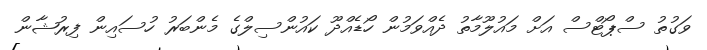
ވަގުތު ސްޕޯޓްސް އަށް މައުލޫމާތު ދެއްވަމުން ހޯޑެއްދޫ ކައުންސިލްގެ މެންބަރު ހުސައިން ފިރުޝާން